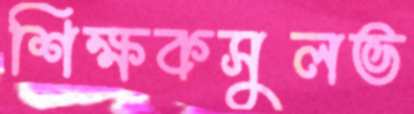
শিক্ষকসুলভ